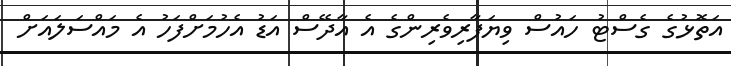
އަތޮޅުގެ ގެސްޓު ހައުސް ވިޔަފާރިވެރިންގެ އެ އާދޭސް އަޑު އެހުމަށްފަހު އެ މައްސަލައަށް